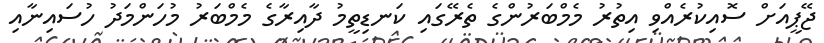
ޖޭޕީއަށް ސޮއިކުރެއްވި އިތުރު މެމްބަރުންގެ ތެރޭގައި ކަނޑިތީމު ދާއިރާގެ މެމްބަރު މުހަންމަދު ހުސައިނާއި